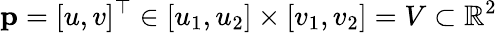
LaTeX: \mathbf{p}=[u,v]^{\top}\in[u_{1},u_{2}]\times[v_{1},v_{2}]=V\subset\mathbb{R}^{2}